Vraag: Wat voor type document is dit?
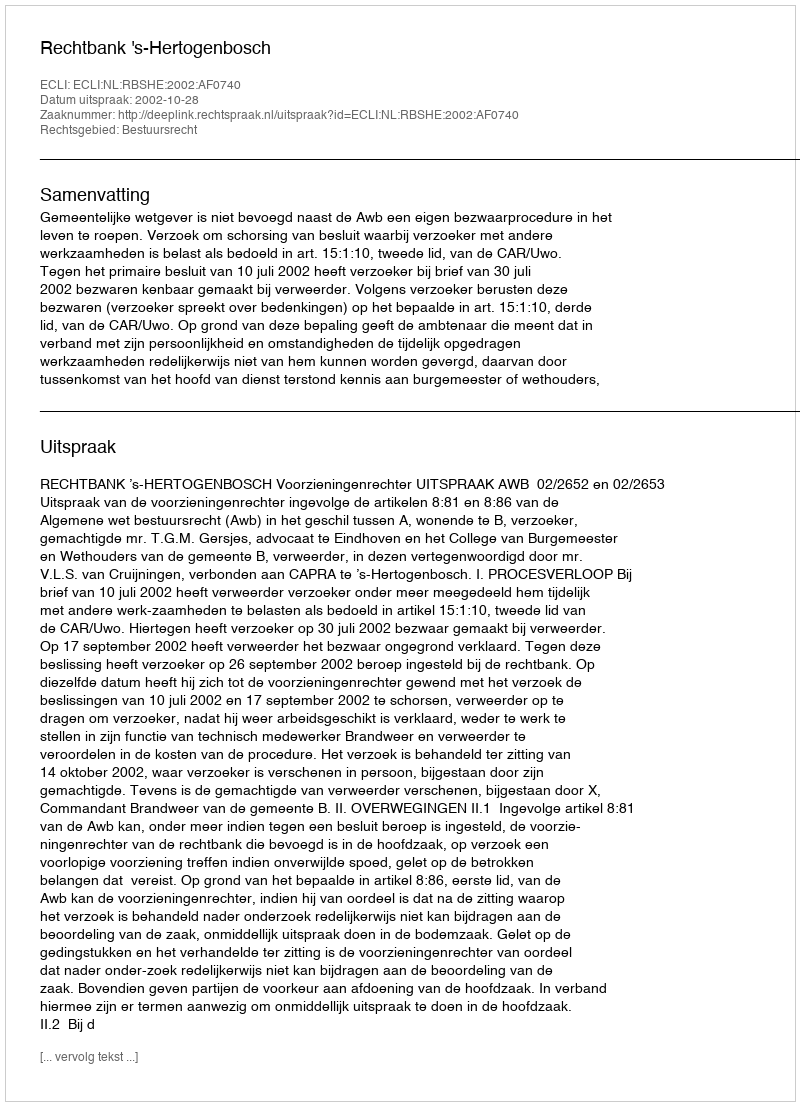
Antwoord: Uitspraak